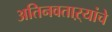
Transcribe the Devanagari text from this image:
अतिनवताऱ्यांचे